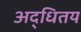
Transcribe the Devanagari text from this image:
अद्धितय